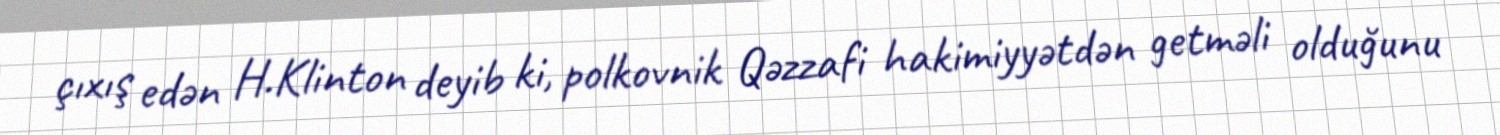
çıxış edən H.Klinton deyib ki, polkovnik Qəzzafi hakimiyyətdən getməli olduğunu